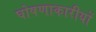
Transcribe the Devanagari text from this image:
घोषणाकारीयों